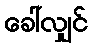
ခေါ်လျှင်